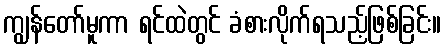
ကျွန်တော်မူကာ ရင်ထဲတွင် ခံစားလိုက်ရသည့်ဖြစ်ခြင်း။